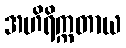
အဟိရိက္ကတာယ